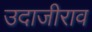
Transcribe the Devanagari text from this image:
उदाजीराव